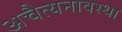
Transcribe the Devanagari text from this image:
अचैत्यनावस्था